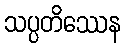
သပ္ပတိဿေန